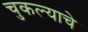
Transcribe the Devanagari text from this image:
चुकल्याचे